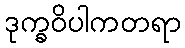
ဒုက္ခဝိပါကတရာ